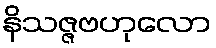
နိသဇ္ဇဗဟုလော